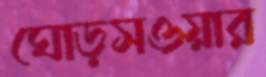
ঘোড়সওয়ার